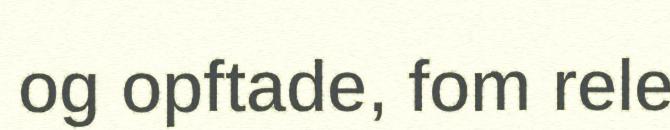
og opftade, fom rele